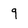
Character: g